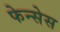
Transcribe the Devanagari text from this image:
फेन्सेस